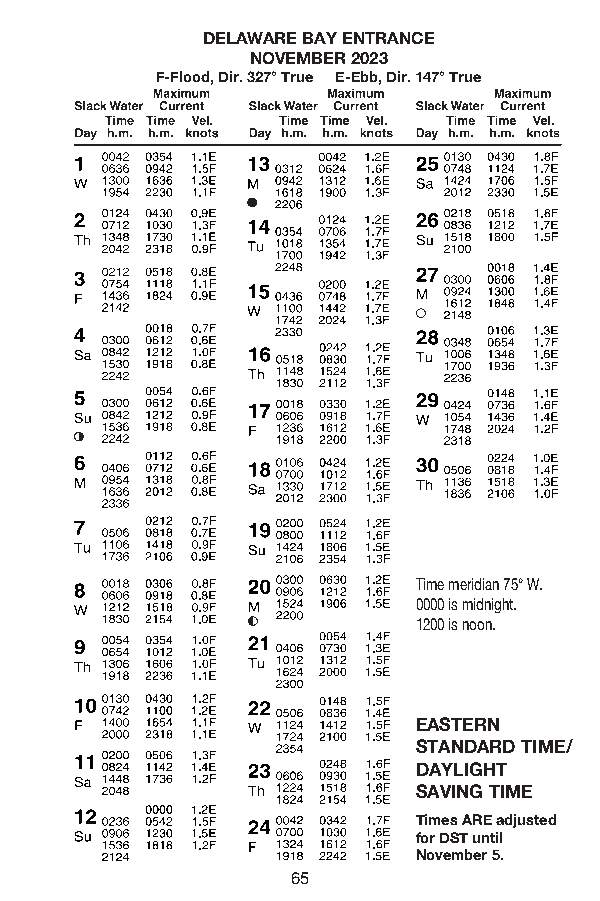
DELAWARE BAY ENTRANCE
 NOVEMBER 2023
 F-Flood, Dir . 327° True E-Ebb, Dir . 147° True
 Time meridian 75° W.
 0000 is midnight.
 1200 is noon.
 EASTERN
 STANDARD TIME/
 DAYLIGHT
 SAVING TIME
 Times ARE adjusted
 for DST until
 November 5.
 65